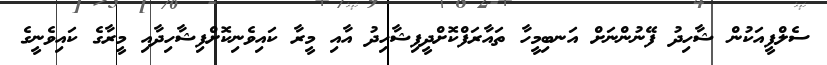
ސެލްފީއަކުން ޝާހިދު ފޭނުންނަށް އަނބިމީހާ ތައާރަފްކޮށްދީފިޝާހިދު އާއި މީރާ ކައިވެނިކޮށްފިޝާހިދާއި މީރާގެ ކައިވެނީގެ